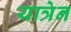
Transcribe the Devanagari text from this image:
यात्रेन